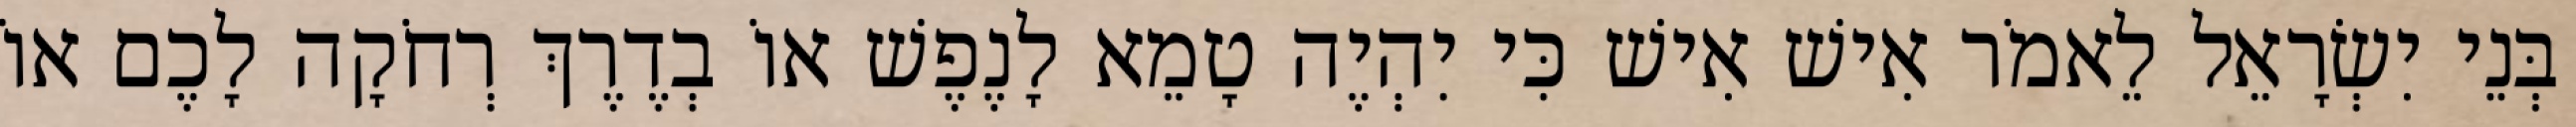
בְּנֵי יִשְׂרָאֵל לֵאמֹר אִישׁ אִישׁ כִּי יִהְיֶה טָמֵא לָנֶפֶשׁ אוֹ בְדֶרֶךְ רְחֹקָה לָכֶם אוֹ